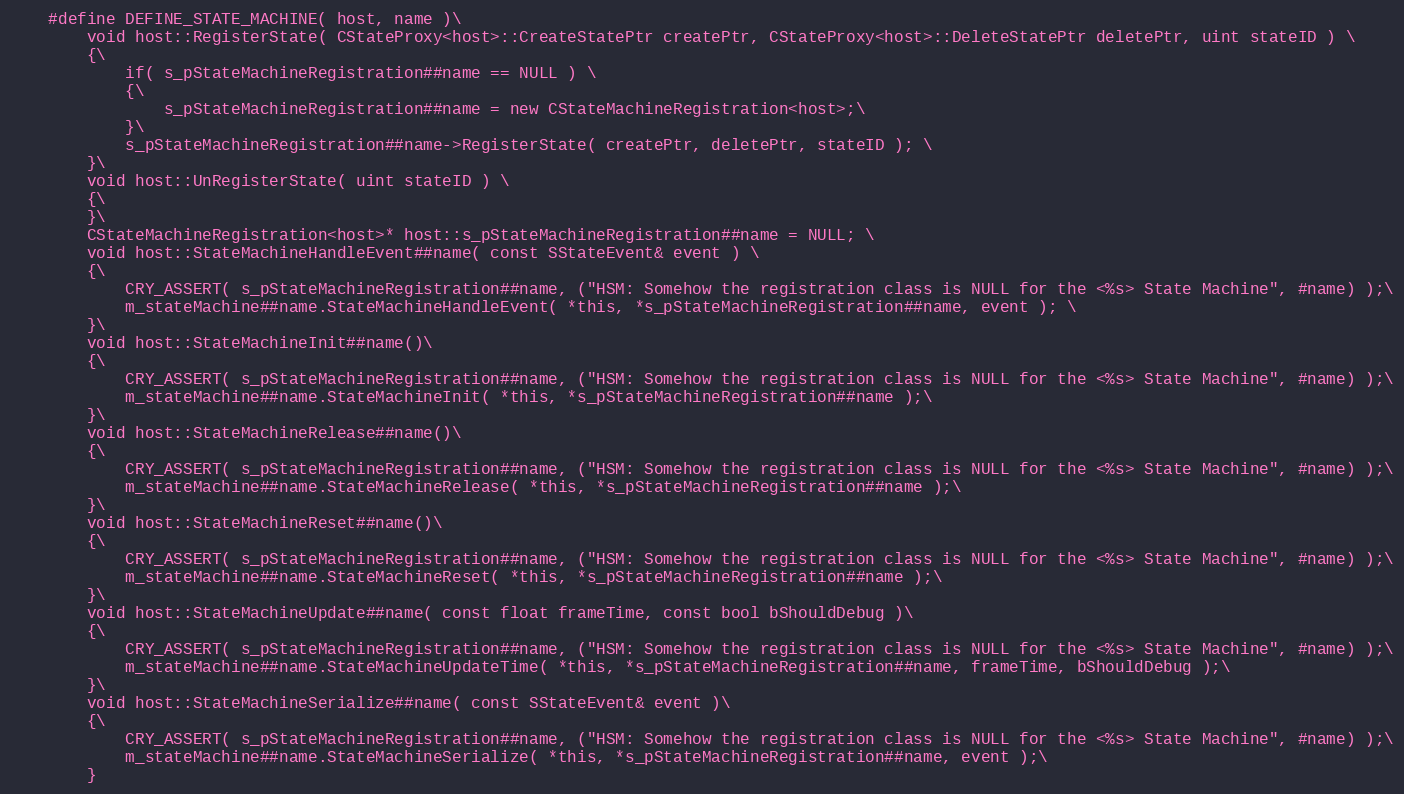
Language: C
	#define DEFINE_STATE_MACHINE( host, name )\
		void host::RegisterState( CStateProxy<host>::CreateStatePtr createPtr, CStateProxy<host>::DeleteStatePtr deletePtr, uint stateID ) \
		{\
			if( s_pStateMachineRegistration##name == NULL ) \
			{\
				s_pStateMachineRegistration##name = new CStateMachineRegistration<host>;\
			}\
			s_pStateMachineRegistration##name->RegisterState( createPtr, deletePtr, stateID ); \
		}\
		void host::UnRegisterState( uint stateID ) \
		{\
		}\
		CStateMachineRegistration<host>* host::s_pStateMachineRegistration##name = NULL; \
		void host::StateMachineHandleEvent##name( const SStateEvent& event ) \
		{\
			CRY_ASSERT( s_pStateMachineRegistration##name, ("HSM: Somehow the registration class is NULL for the <%s> State Machine", #name) );\
			m_stateMachine##name.StateMachineHandleEvent( *this, *s_pStateMachineRegistration##name, event ); \
		}\
		void host::StateMachineInit##name()\
		{\
			CRY_ASSERT( s_pStateMachineRegistration##name, ("HSM: Somehow the registration class is NULL for the <%s> State Machine", #name) );\
			m_stateMachine##name.StateMachineInit( *this, *s_pStateMachineRegistration##name );\
		}\
		void host::StateMachineRelease##name()\
		{\
			CRY_ASSERT( s_pStateMachineRegistration##name, ("HSM: Somehow the registration class is NULL for the <%s> State Machine", #name) );\
			m_stateMachine##name.StateMachineRelease( *this, *s_pStateMachineRegistration##name );\
		}\
		void host::StateMachineReset##name()\
		{\
			CRY_ASSERT( s_pStateMachineRegistration##name, ("HSM: Somehow the registration class is NULL for the <%s> State Machine", #name) );\
			m_stateMachine##name.StateMachineReset( *this, *s_pStateMachineRegistration##name );\
		}\
		void host::StateMachineUpdate##name( const float frameTime, const bool bShouldDebug )\
		{\
			CRY_ASSERT( s_pStateMachineRegistration##name, ("HSM: Somehow the registration class is NULL for the <%s> State Machine", #name) );\
			m_stateMachine##name.StateMachineUpdateTime( *this, *s_pStateMachineRegistration##name, frameTime, bShouldDebug );\
		}\
		void host::StateMachineSerialize##name( const SStateEvent& event )\
		{\
			CRY_ASSERT( s_pStateMachineRegistration##name, ("HSM: Somehow the registration class is NULL for the <%s> State Machine", #name) );\
			m_stateMachine##name.StateMachineSerialize( *this, *s_pStateMachineRegistration##name, event );\
		}